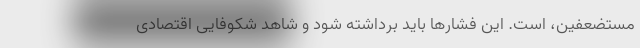
مستضعفین، است. این فشارها باید برداشته شود و شاهد شکوفایی اقتصادی